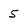
Character: 5